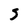
Character: S